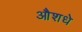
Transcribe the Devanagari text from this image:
औशधे